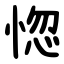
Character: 惚